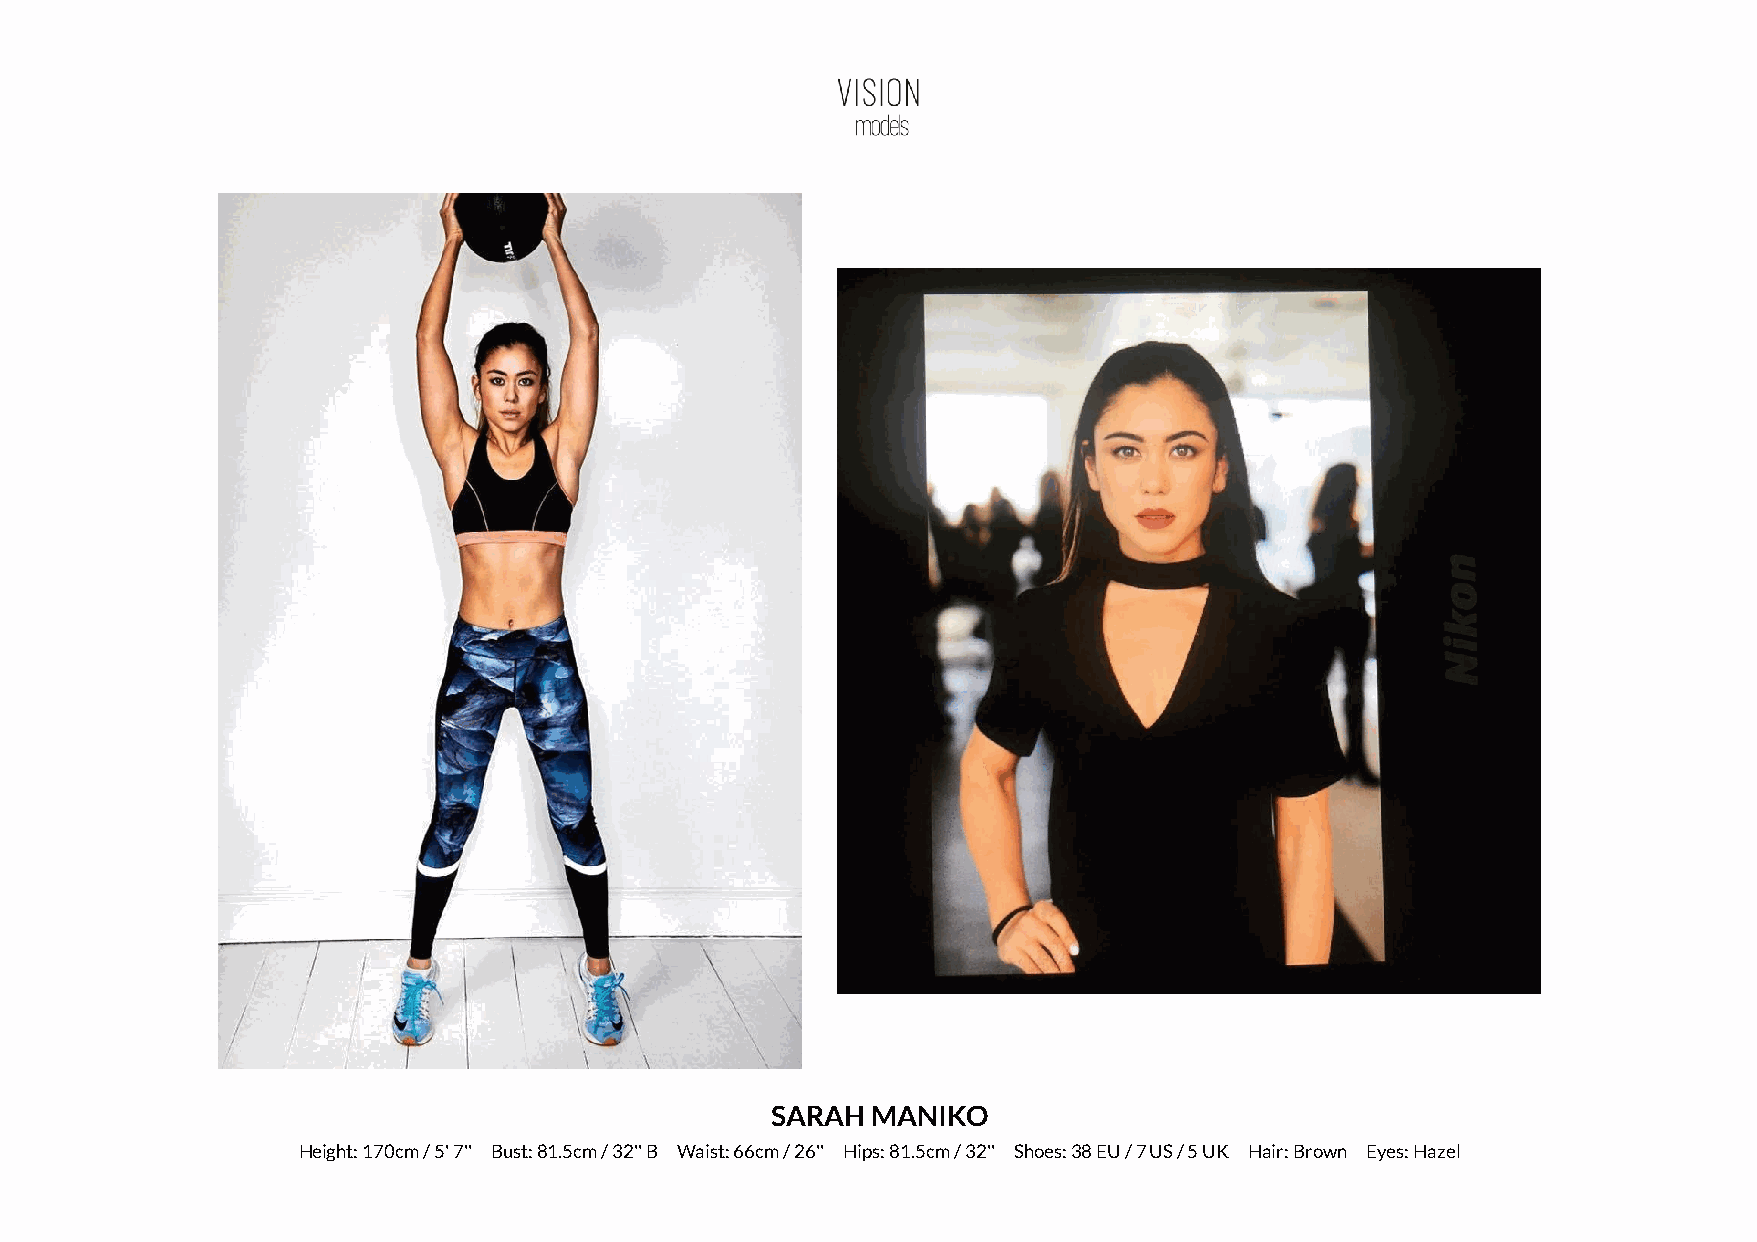
SARAH  MANIKO
 Height: 170cm / 5' 7'' Bust: 81.5cm / 32'' B Waist: 66cm / 26'' Hips: 81.5cm / 32'' Shoes: 38 EU / 7 US / 5 UK Hair: Brown Eyes: Hazel